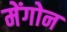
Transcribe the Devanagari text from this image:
मेंगोन